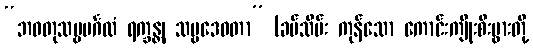
“ဘဝတုသဗ္ဗမင်္ဂလံ ရက္ခန္တု သဗ္ဗဒေဝတာ” (ခပ်သိမ်း ကုန်သော ကောင်းကျိုးစီးပွားတို့